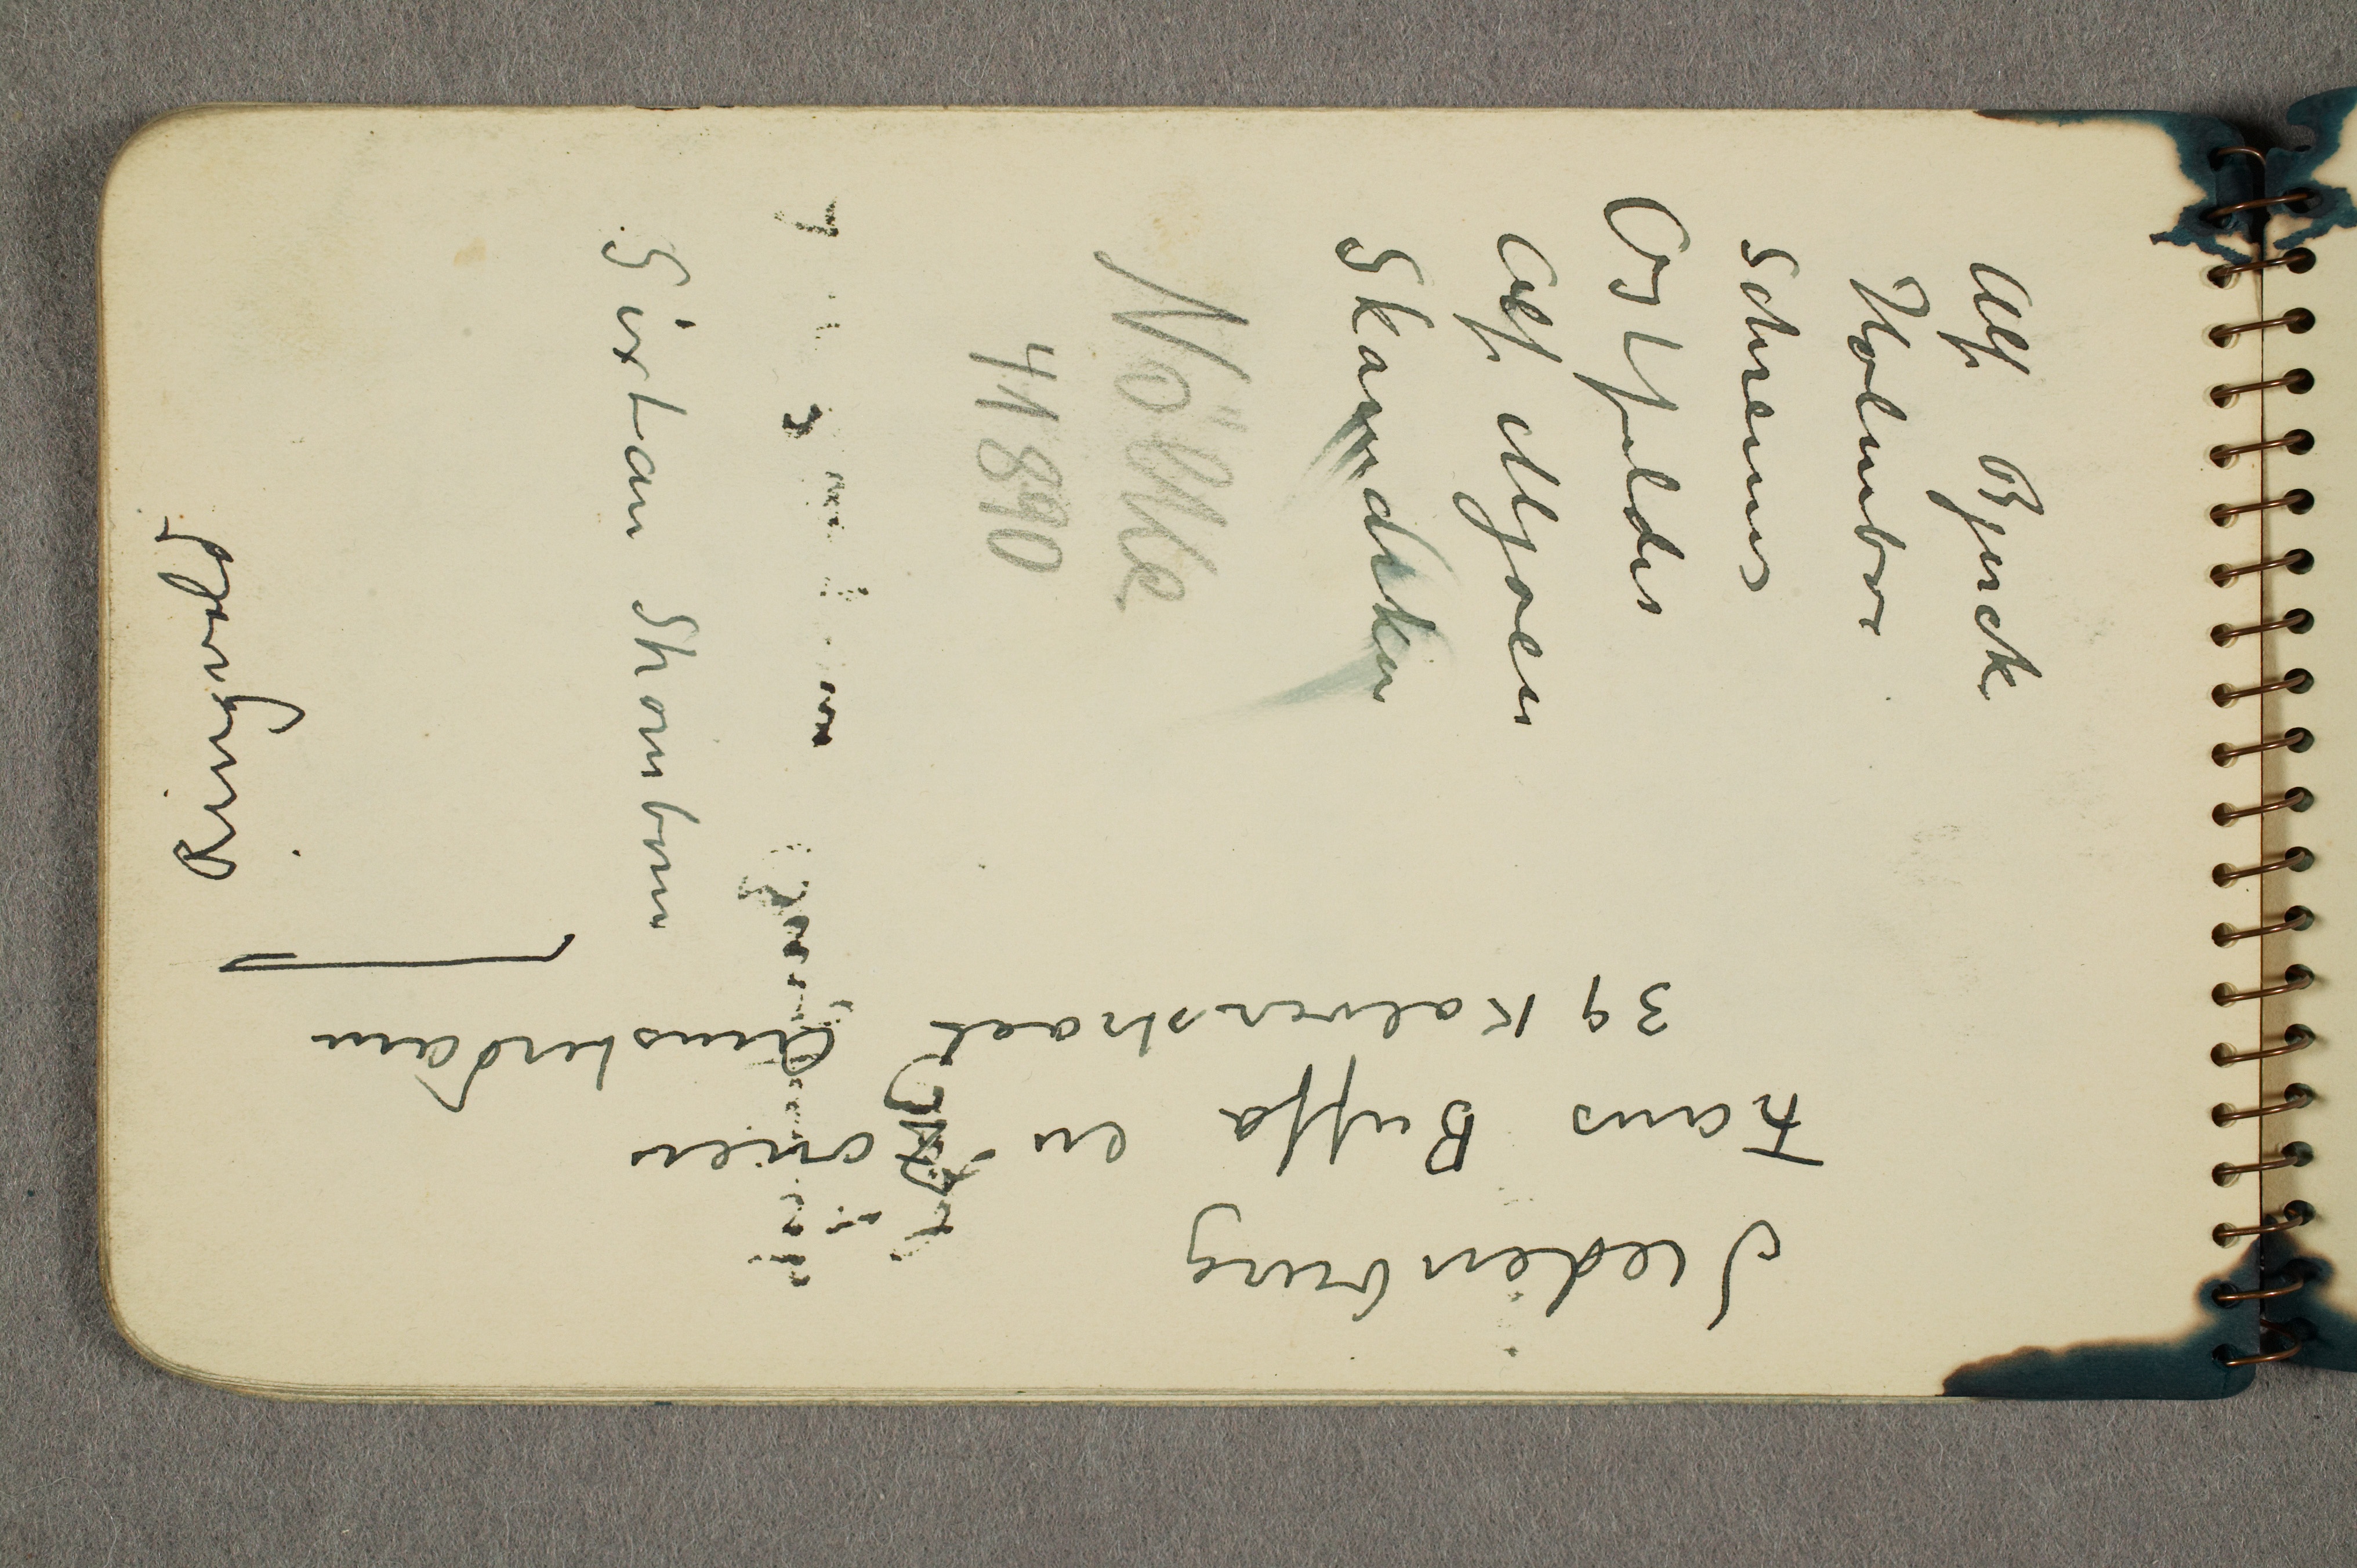
Alf Bjercke
Holmboe
Schreiner
Obstfelder
Alf Mjøen
Skamarken
Nølke
41890

Sixtan Strømborn

Siedenburg
Frans Buffa en Zonen
39 Kalverstraat Amsterdam

Ringvold